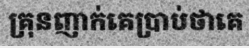
គ្រុនញាក់គេប្រាប់ថាគេ